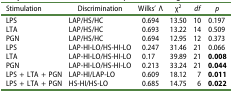
<table><thead><tr><td><b>Stimulation</b></td><td><b>Discrimination</b></td><td><b>Wilks’ Λ</b></td><td><b>χ<sup>2</sup></b></td><td><b><i>df</i></b></td><td><b><i>p</i></b></td></tr></thead><tbody><tr><td>LPS</td><td>LAP/HS/HC</td><td>0.694</td><td>13.50</td><td>10</td><td>0.197</td></tr><tr><td>LTA</td><td>LAP/HS/HC</td><td>0.693</td><td>13.22</td><td>14</td><td>0.509</td></tr><tr><td>PGN</td><td>LAP/HS/HC</td><td>0.694</td><td>12.95</td><td>12</td><td>0.373</td></tr><tr><td>LPS</td><td>LAP-HI-LO/HS-HI-LO</td><td>0.247</td><td>31.46</td><td>21</td><td>0.066</td></tr><tr><td>LTA</td><td>LAP-HI-LO/HS-HI-LO</td><td>0.17</td><td>39.89</td><td>21</td><td><b>0.008</b></td></tr><tr><td>PGN</td><td>LAP-HI-LO/HS-HI-LO</td><td>0.213</td><td>33.24</td><td>21</td><td><b>0.044</b></td></tr><tr><td>LPS + LTA + PGN</td><td>LAP-HI/LAP-LO</td><td>0.609</td><td>18.12</td><td>7</td><td><b>0.011</b></td></tr><tr><td>LPS + LTA + PGN</td><td>HS-HI/HS-LO</td><td>0.685</td><td>14.75</td><td>6</td><td><b>0.022</b></td></tr></tbody></table>